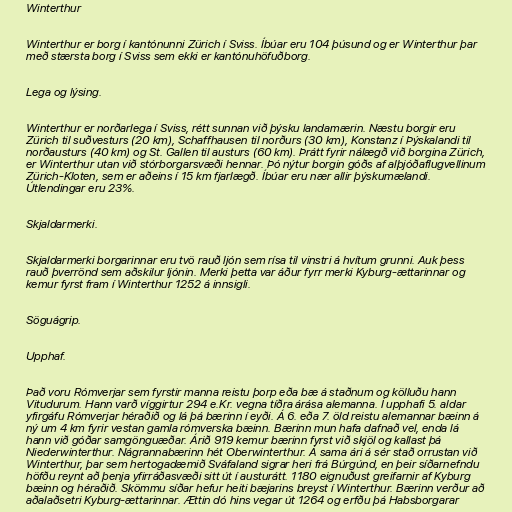
Winterthur

Winterthur er borg í kantónunni Zürich í Sviss. Íbúar eru 104 þúsund og er Winterthur þar
með stærsta borg í Sviss sem ekki er kantónuhöfuðborg.

Lega og lýsing.

Winterthur er norðarlega í Sviss, rétt sunnan við þýsku landamærin. Næstu borgir eru
Zürich til suðvesturs (20 km), Schaffhausen til norðurs (30 km), Konstanz í Þýskalandi til
norðausturs (40 km) og St. Gallen til austurs (60 km). Þrátt fyrir nálægð við borgina Zürich,
er Winterthur utan við stórborgarsvæði hennar. Þó nýtur borgin góðs af alþjóðaflugvellinum
Zürich-Kloten, sem er aðeins í 15 km fjarlægð. Íbúar eru nær allir þýskumælandi.
Útlendingar eru 23%.

Skjaldarmerki.

Skjaldarmerki borgarinnar eru tvö rauð ljón sem rísa til vinstri á hvítum grunni. Auk þess
rauð þverrönd sem aðskilur ljónin. Merki þetta var áður fyrr merki Kyburg-ættarinnar og
kemur fyrst fram í Winterthur 1252 á innsigli.

Söguágrip.

Upphaf.

Það voru Rómverjar sem fyrstir manna reistu þorp eða bæ á staðnum og kölluðu hann
Vitudurum. Hann varð víggirtur 294 e.Kr. vegna tíðra árása alemanna. Í upphafi 5. aldar
yfirgáfu Rómverjar héraðið og lá þá bærinn í eyði. Á 6. eða 7. öld reistu alemannar bæinn á
ný um 4 km fyrir vestan gamla rómverska bæinn. Bærinn mun hafa dafnað vel, enda lá
hann við góðar samgönguæðar. Árið 919 kemur bærinn fyrst við skjöl og kallast þá
Niederwinterthur. Nágrannabærinn hét Oberwinterthur. Á sama ári á sér stað orrustan við
Winterthur, þar sem hertogadæmið Sváfaland sigrar heri frá Búrgúnd, en þeir síðarnefndu
höfðu reynt að þenja yfirráðasvæði sitt út í austurátt. 1180 eignuðust greifarnir af Kyburg
bæinn og héraðið. Skömmu síðar hefur heiti bæjarins breyst í Winterthur. Bærinn verður að
aðalaðsetri Kyburg-ættarinnar. Ættin dó hins vegar út 1264 og erfðu þá Habsborgarar